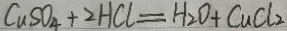
C u S O _ { 4 } + 2 H C l = H _ { 2 } O + C u C l _ { 2 }